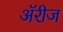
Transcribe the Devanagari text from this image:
ॲरीज